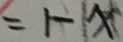
= 1 - x